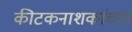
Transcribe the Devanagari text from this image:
कीटकनाशकांच्या